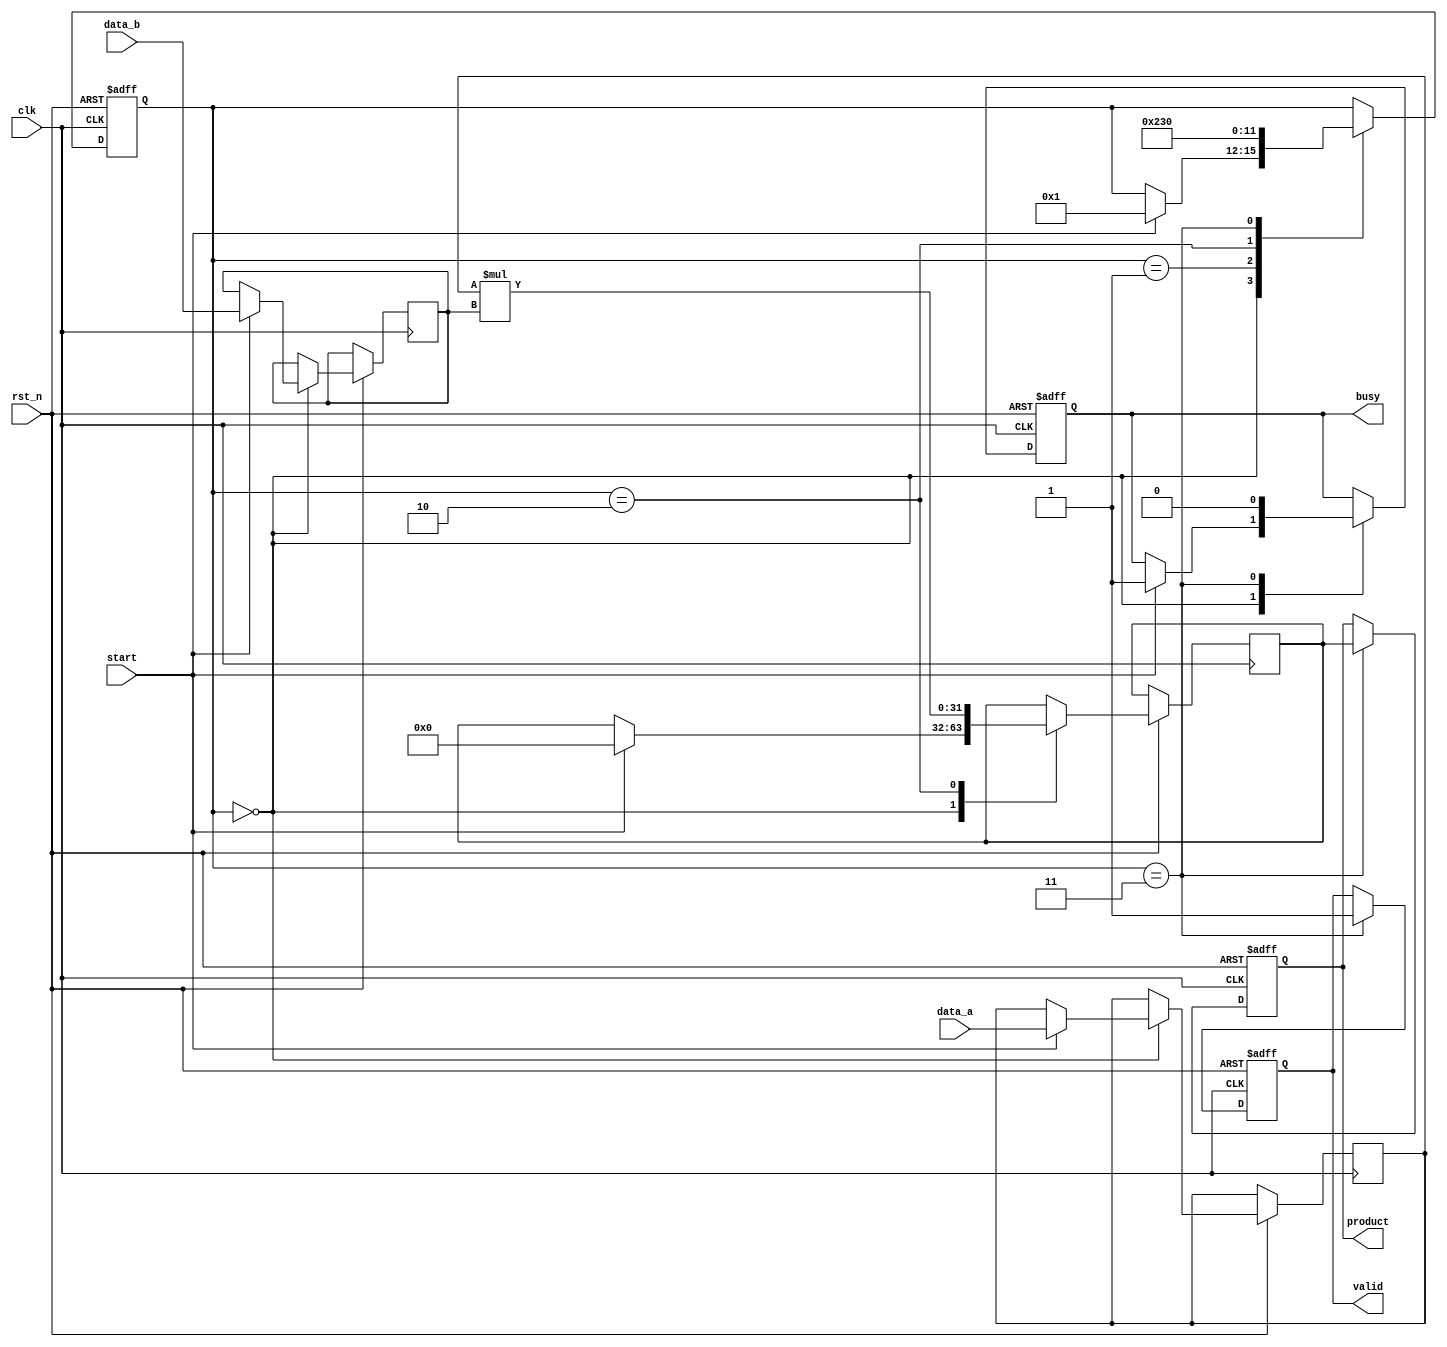
module streaming_multiplier #(
    parameter DATA_WIDTH = 16,   // Width of input data
    parameter PRODUCT_WIDTH = 2 * DATA_WIDTH // Width for the product
) (
    input wire clk,
    input wire rst_n,
    
    input wire [DATA_WIDTH-1:0] data_a,  // Input stream A
    input wire [DATA_WIDTH-1:0] data_b,  // Input stream B
    input wire start,                    // Signal to start multiplication
    output reg busy,                     // Indicates ongoing multiplication
    output reg [PRODUCT_WIDTH-1:0] product, // Output product
    output reg valid                     // Indicates valid product output
);

// Internal signals
reg [DATA_WIDTH-1:0] a_reg, b_reg;
reg [PRODUCT_WIDTH-1:0] partial_product;
reg [3:0] state; // State for the state machine
localparam IDLE = 0, LOAD = 1, MULTIPLY = 2, OUTPUT = 3;

always @(posedge clk or negedge rst_n) begin
    if (!rst_n) begin
        state <= IDLE;
        busy <= 0;
        valid <= 0;
        product <= 0;
    end else begin
        case (state)
            IDLE: begin
                if (start) begin
                    a_reg <= data_a;
                    b_reg <= data_b;
                    partial_product <= 0;
                    busy <= 1;
                    state <= LOAD;
                end
            end
            
            LOAD: begin
                // Load operands and prepare for multiplication
                state <= MULTIPLY;
            end

            MULTIPLY: begin
                // Basic multiplication (can be optimized)
                partial_product <= a_reg * b_reg; 
                state <= OUTPUT;
            end
            
            OUTPUT: begin
                // Output the result
                product <= partial_product;
                valid <= 1;
                busy <= 0;
                state <= IDLE;
            end
        endcase
    end
end

endmodule